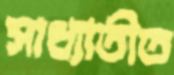
সাধ্যাতীত